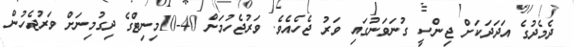
ދެމެދުގެ އަދަދަކަށް ޖިންސީ ގުނަވަނުގައި ވަރު ޖެހެއެވެ. ވަރުޖެހުމަށް 40-10މިނިޓްގެ ދިގުމިނަށް ވަރުޖެހުން